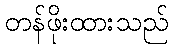
တန်ဖိုးထားသည်